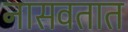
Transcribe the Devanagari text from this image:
नासवतात